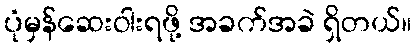
ပုံမှန်ဆေးဝါးရဖို့ အခက်အခဲ ရှိတယ်။